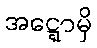
အဋ္ဋောမှိ